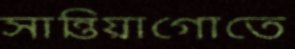
সান্তিয়াগোতে